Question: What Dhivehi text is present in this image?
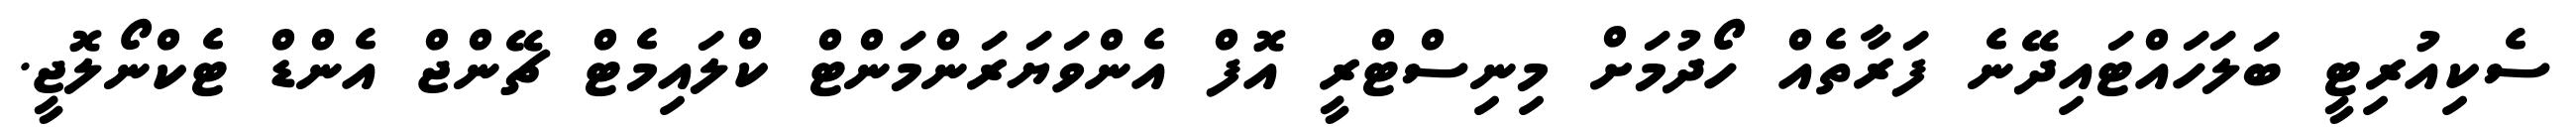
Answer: ސެކިއުރިޓީ ބަލަހައްޓައިދޭނެ ފަރާތެއް ހޯދުމަށް މިނިސްޓްރީ އޮފް އެންވަޔަރަންމަންޓް ކްލައިމެޓް ޗޭންޖް އެންޑް ޓެކްނޯލޮޖީ.